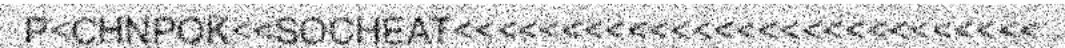
P<CHNPOK<<SOCHEAT<<<<<<<<<<<<<<<<<<<<<<<<<<<